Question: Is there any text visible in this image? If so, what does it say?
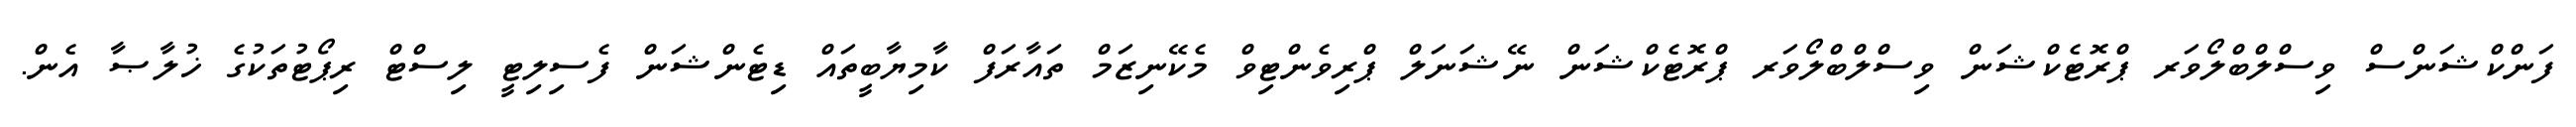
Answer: ފަންކްޝަންސް ވިސްލްބްލޯވަރ ޕްރޮޓެކްޝަން ވިސްލްބްލޯވަރ ޕްރޮޓެކްޝަން ނޭޝަނަލް ޕްރިވެންޓިވް މެކޭނިޒަމް ތައާރަފް ކާމިޔާބީތައް ޑިޓެންޝަން ފެސިލިޓީ ލިސްޓް ރިޕޯޓުތަކުގެ ޚުލާޞާ އެން.